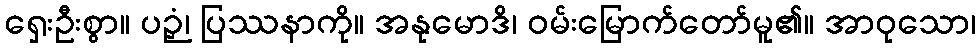
ရှေးဦးစွာ။ ပဉှံ၊ ပြဿနာကို။ အနုမောဒိ၊ ဝမ်းမြောက်တော်မူ၏။ အာဝုသော၊